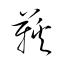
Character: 鞵